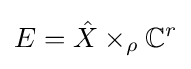
E={\hat {X}}\times _{\rho }\mathbb {C} ^{r}